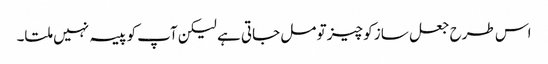
اس طرح جعل ساز کو چیز تو مل جاتی ہے لیکن آپ کو پیسہ نہیں ملتا۔